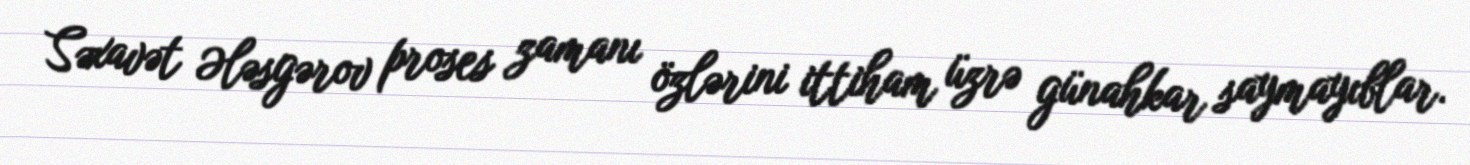
Səxavət Ələsgərov proses zamanı özlərini ittiham üzrə günahkar saymayıblar.